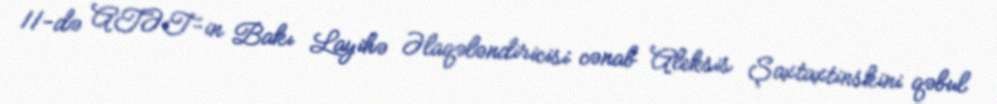
11-də ATƏT-in Bakı Layihə Əlaqələndiricisi cənab Aleksis Şaxtaxtinskini qəbul